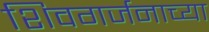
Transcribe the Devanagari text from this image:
शिवगर्जनाच्या